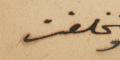
وتخلفت